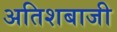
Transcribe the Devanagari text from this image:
अतिशबाजी